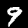
Label: 9